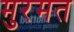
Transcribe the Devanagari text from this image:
मुरमत